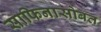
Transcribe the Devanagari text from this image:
साफिनासोबत